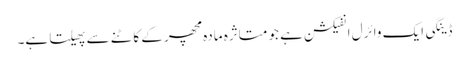
ڈینگی ایک وائرل انفیکشن ہے جو متاثرہ مادہ مچھر کے کاٹنے سے پھیلتا ہے۔